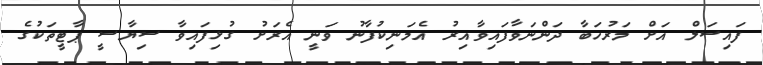
ފައިސަލް އަށް މަރުހަބާ ދަންނަވާފައިވާއިރު އެމަނިކުފާނު ވަނީ އެރަށު ގުޅިފައިވާ ސިޔާސީ ޕާޓީތަކުގެ